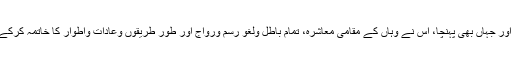
اسلام دنیا کے مختلف گوشوں میں پھیلا اور جہاں بھی پہنچا، اس نے وہاں کے مقامی معاشرہ، تمام باطل ولغو رسم ورواج اور طور طریقوں وعادات واطوار کا خاتمہ کرکے مقامی سماج کو اپنے اندر شامل کرلیا۔